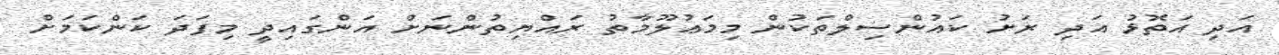
އަދި އަތޮޅު އަދި ރަށު ކައުންސިލްތަކުން މިމަޢުލޫމާތު ރައްޔިތުންނަށް އަންގައިދީ މިފަދަ ކަންކަމަށް